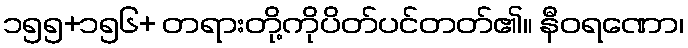
၁၅၅+၁၅၆+ တရားတို့ကိုပိတ်ပင်တတ်၏။ နီဝရဏော၊